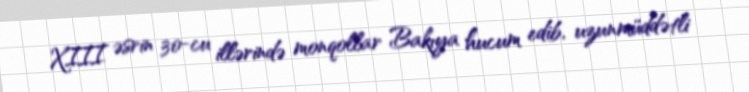
XIII əsrin 30-cu illərində monqollar Bakıya hucum edib, uzunmüddətli